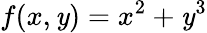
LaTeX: f(x,\mathit{y})=x^{2}+\mathit{y}^{3}